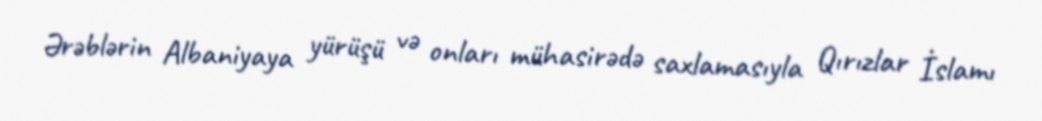
Ərəblərin Albaniyaya yürüşü və onları mühasirədə saxlamasıyla Qırızlar İslamı